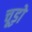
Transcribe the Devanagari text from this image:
चूड़ो